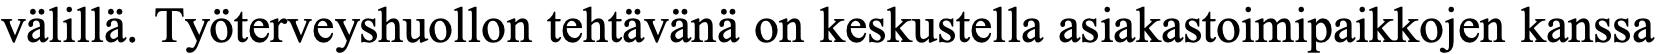
välillä. Työterveyshuollon tehtävänä on keskustella asiakastoimipaikkojen kanssa